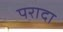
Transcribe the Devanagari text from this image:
परादा